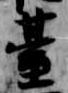
台